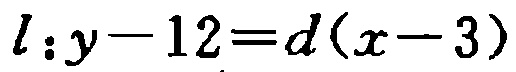
\(l:y - 12 = d(x - 3)\)